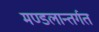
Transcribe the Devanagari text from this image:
मण्डलान्तर्गत